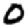
Digit: 0